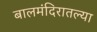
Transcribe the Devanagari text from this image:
बालमंदिरातल्या